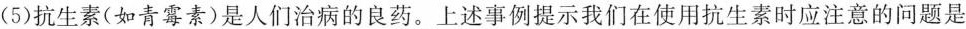
(5)抗生素(如青霉素)是人们治病的良药。上述事例提示我们在使用抗生素时应注意的问题是